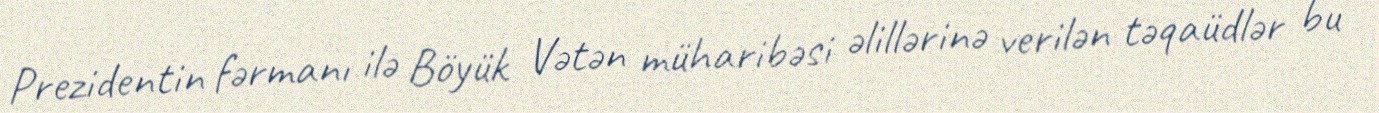
Prezidentin fərmanı ilə Böyük Vətən müharibəsi əlillərinə verilən təqaüdlər bu